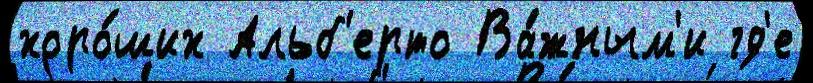
хоро́ших Альб'ерто Ва́жным'и гд'е